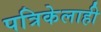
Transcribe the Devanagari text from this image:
पत्रिकेलाही